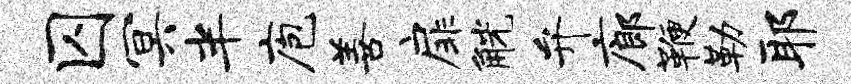
囚冥半庖善扉觥弁廊鞭勒耶